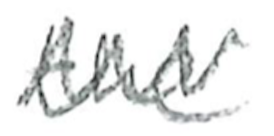
Text: the
Cross-out: zig-zag
Writing tool: pencil